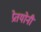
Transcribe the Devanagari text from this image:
प्रेतयोनी